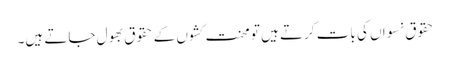
حقوق نسواں کی بات کرتے ہیں تو محنت کشوں کے حقوق بھول جاتے ہیں۔